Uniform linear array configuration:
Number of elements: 48
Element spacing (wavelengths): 0.75
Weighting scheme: cosine
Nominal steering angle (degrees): -15
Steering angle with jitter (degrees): -14.234
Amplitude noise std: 0.05
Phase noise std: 0.05

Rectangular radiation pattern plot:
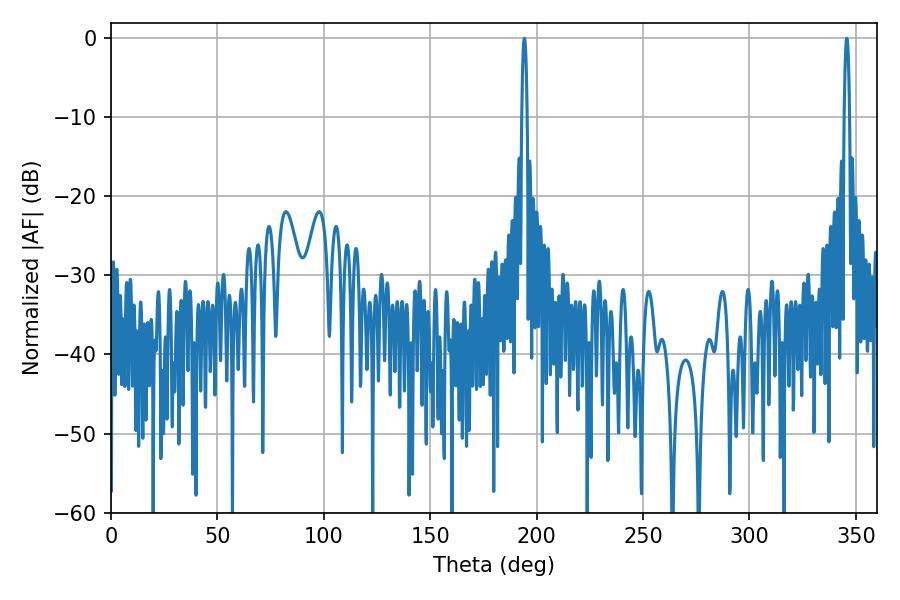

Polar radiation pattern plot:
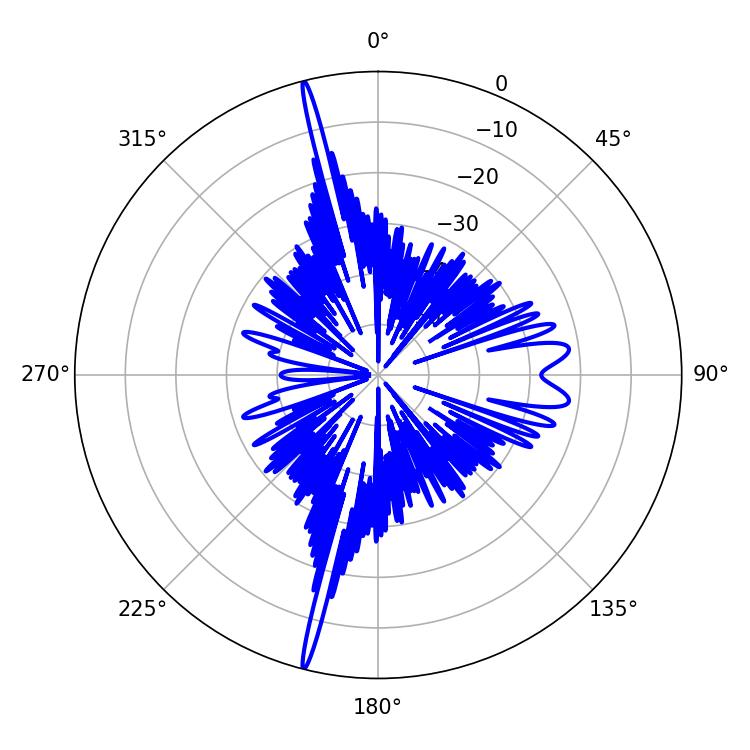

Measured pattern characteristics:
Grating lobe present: TRUE
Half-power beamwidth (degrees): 1.44
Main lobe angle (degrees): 194.22